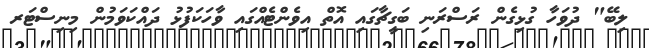
ލިބޭ" ދުވަހާ ގުޅިގެން ރަސްރަނި ބަގީޗާގައި އޮތް އިވެންޓެއްގައި ވާހަކަފުޅު ދައްކަވަމުން މިނިސްޓަރ